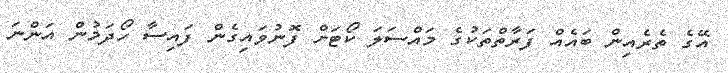
އޭގެ ތެރެއިން ބައެއް ފަރާތްތަކުގެ މައްސަލަ ކޯޓަށް ފޮނުވައިގެން ފައިސާ ހޯދަމުން އަންނަ